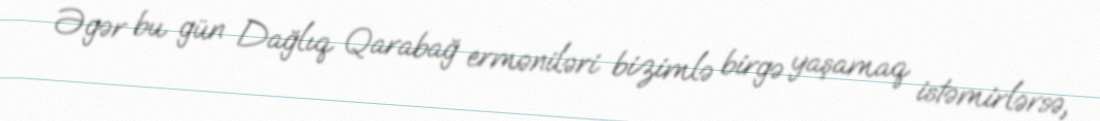
Əgər bu gün Dağlıq Qarabağ erməniləri bizimlə birgə yaşamaq istəmirlərsə,